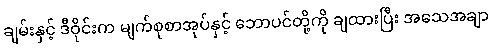
ချမ်းနှင့် ဒီဝိုင်းက မျက်စုစာအုပ်နှင့် ဘောပင်တို့ကို ချထားပြီး အသေအချာ